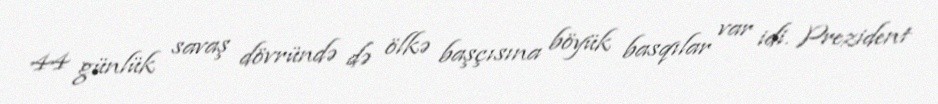
44 günlük savaş dövründə də ölkə başçısına böyük basqılar var idi. Prezident